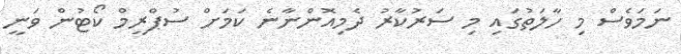
ނަމަވެސް މި ހާލަތުގައި މި ސަރުކާރު ދެމިއޮންނާނެ ކަމަށް ސުޕްރީމް ކޯޓުން ވަނީ